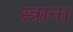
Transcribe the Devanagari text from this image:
स्त्राना